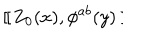
~ [ \kern - 0 . 4 5 e m \llap ~ [ ~ Z _ { 0 } ( x ) , \phi ^ { a b } ( y ) ~ ] \kern - 0 . 4 5 e m